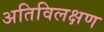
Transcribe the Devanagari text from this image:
अतिविलक्षण